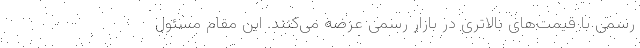
رسمی با قیمت‌های بالاتری در بازار رسمی عرضه می‌کنند. این مقام مسئول